Annual statistical returns and brief notes on vaccination in Bengal - 1909-1929
Year: 1909
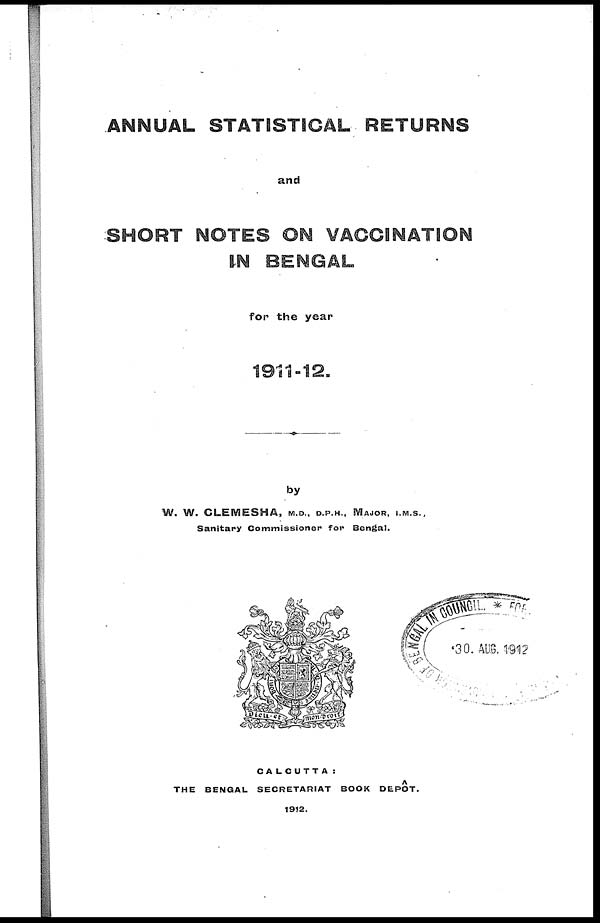
ANNUAL STATISTICAL RETURNS
and
SHORT NOTES ON VACCINATION
IN BENGAL
for the year
1911-12.
by
W. W. CLEMESHA, M.D., D.P.H., MAJOR, I.M.S.,
Sanitary Commissioner for Bengal.
CALCUTTA :
THE BENGAL SECRETARIAT BOOK DEPÔT.
1912.